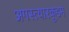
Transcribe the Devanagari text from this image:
अगस्त्यारकूडम